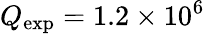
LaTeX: Q_{\mathrm{exp}}=1.2\times 10^{6}